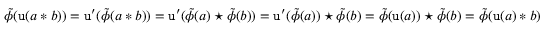
\tilde { \phi } ( \mathtt { u } ( a \ast b ) ) = \mathtt { u } ^ { \prime } ( \tilde { \phi } ( a \ast b ) ) = \mathtt { u } ^ { \prime } ( \tilde { \phi } ( a ) \star \tilde { \phi } ( b ) ) = \mathtt { u } ^ { \prime } ( \tilde { \phi } ( a ) ) \star \tilde { \phi } ( b ) = \tilde { \phi } ( \mathtt { u } ( a ) ) \star \tilde { \phi } ( b ) = \tilde { \phi } ( \mathtt { u } ( a ) \ast b )